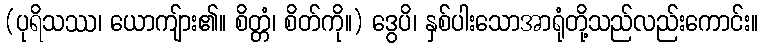
(ပုရိသဿ၊ ယောကျ်ား၏။ စိတ္တံ၊ စိတ်ကို။) ဒွေပိ၊ နှစ်ပါးသောအာရုံတို့သည်လည်းကောင်း။